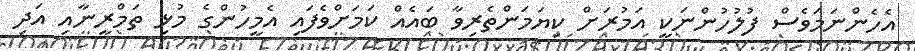
އެހެންނަމަވެސް ފުލުހުންނަކީ އަމުރަށް ކިޔަމަންތެރިވާ ބައެއް ކަމަށްވެފައި އެމީހުންގެ މުޅި ތަމްރީނާއި އަދި